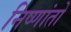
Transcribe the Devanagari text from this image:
निष्णांतो